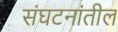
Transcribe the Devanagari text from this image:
संघटनांतील